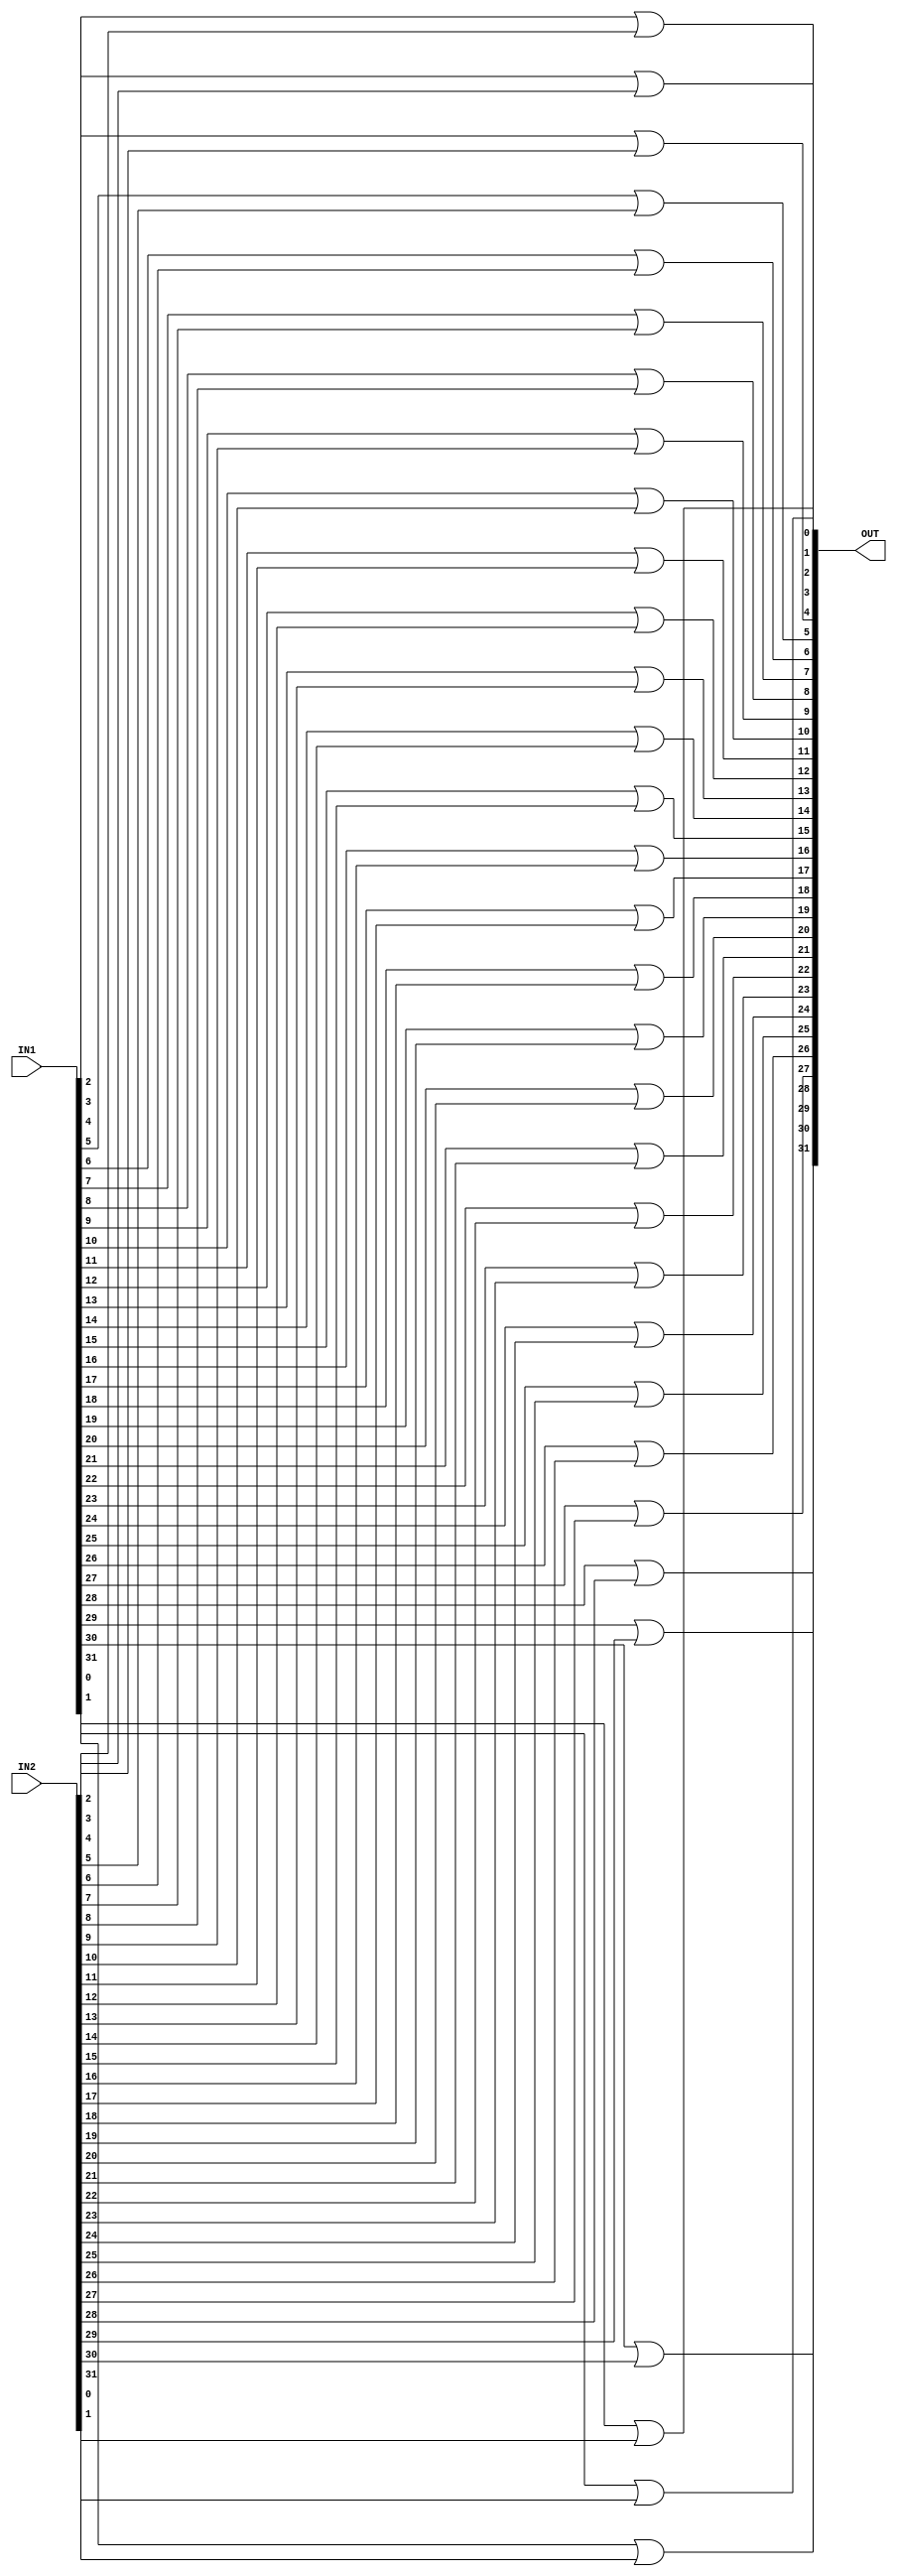


module or32(OUT, IN1, IN2);

input [31:0] IN1, IN2;
output [31:0] OUT;

or or0(OUT[0], IN1[0], IN2[0]);
or or1(OUT[1], IN1[1], IN2[1]);
or or2(OUT[2], IN1[2], IN2[2]);
or or3(OUT[3], IN1[3], IN2[3]);
or or4(OUT[4], IN1[4], IN2[4]);
or or5(OUT[5], IN1[5], IN2[5]);
or or6(OUT[6], IN1[6], IN2[6]);
or or7(OUT[7], IN1[7], IN2[7]);
or or8(OUT[8], IN1[8], IN2[8]);
or or9(OUT[9], IN1[9], IN2[9]);
or or10(OUT[10], IN1[10], IN2[10]);
or or11(OUT[11], IN1[11], IN2[11]);
or or12(OUT[12], IN1[12], IN2[12]);
or or13(OUT[13], IN1[13], IN2[13]);
or or14(OUT[14], IN1[14], IN2[14]);
or or15(OUT[15], IN1[15], IN2[15]);
or or16(OUT[16], IN1[16], IN2[16]);
or or17(OUT[17], IN1[17], IN2[17]);
or or18(OUT[18], IN1[18], IN2[18]);
or or19(OUT[19], IN1[19], IN2[19]);
or or20(OUT[20], IN1[20], IN2[20]);
or or21(OUT[21], IN1[21], IN2[21]);
or or22(OUT[22], IN1[22], IN2[22]);
or or23(OUT[23], IN1[23], IN2[23]);
or or24(OUT[24], IN1[24], IN2[24]);
or or25(OUT[25], IN1[25], IN2[25]);
or or26(OUT[26], IN1[26], IN2[26]);
or or27(OUT[27], IN1[27], IN2[27]);
or or28(OUT[28], IN1[28], IN2[28]);
or or29(OUT[29], IN1[29], IN2[29]);
or or30(OUT[30], IN1[30], IN2[30]);
or or31(OUT[31], IN1[31], IN2[31]);

endmodule